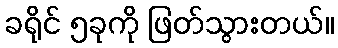
ခရိုင် ၅ခုကို ဖြတ်သွားတယ်။